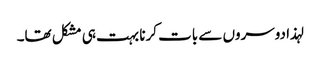
لہذا دوسروں سے بات کرنا بہت ہی مشکل تھا۔